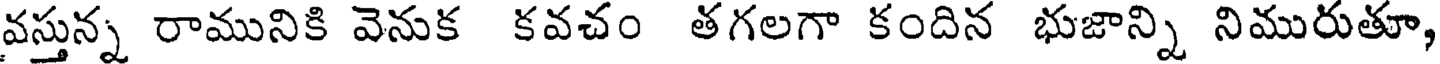
వస్తున్న రామునికి వెనుక కవచం తగలగా కందిన భుజాన్ని నిమురుతూ,